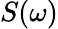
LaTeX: S(\omega)